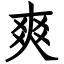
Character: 爽